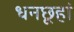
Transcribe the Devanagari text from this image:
धनछूहां